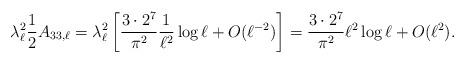
LaTeX: \begin{align*}{ \lambda _{\ell }^{2} \frac 1 2 A_{33,\ell} =\lambda _{\ell }^{2} \left[ \frac{3 \cdot 2^7}{\pi^2} \frac{1}{\ell^2} \log \ell+O(\ell^{-2}) \right]= \frac{3 \cdot 2^7}{\pi^2} \ell^2 \log \ell +O(\ell^{2}).}\end{align*}